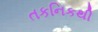
તકનિકથી